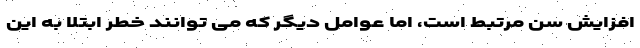
افزایش سن مرتبط است، اما عوامل دیگر که می توانند خطر ابتلا به این